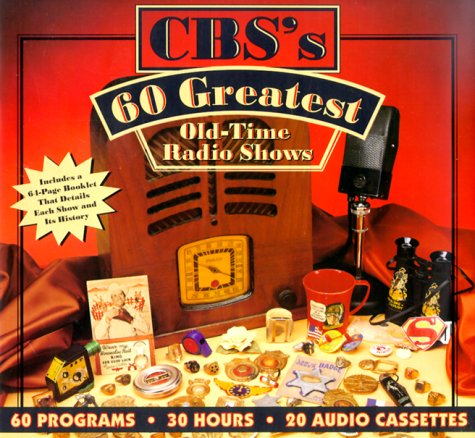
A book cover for CBS's 60 Greatest Old-Time Radio Shows; Radio Spirits; Humor & Entertainment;